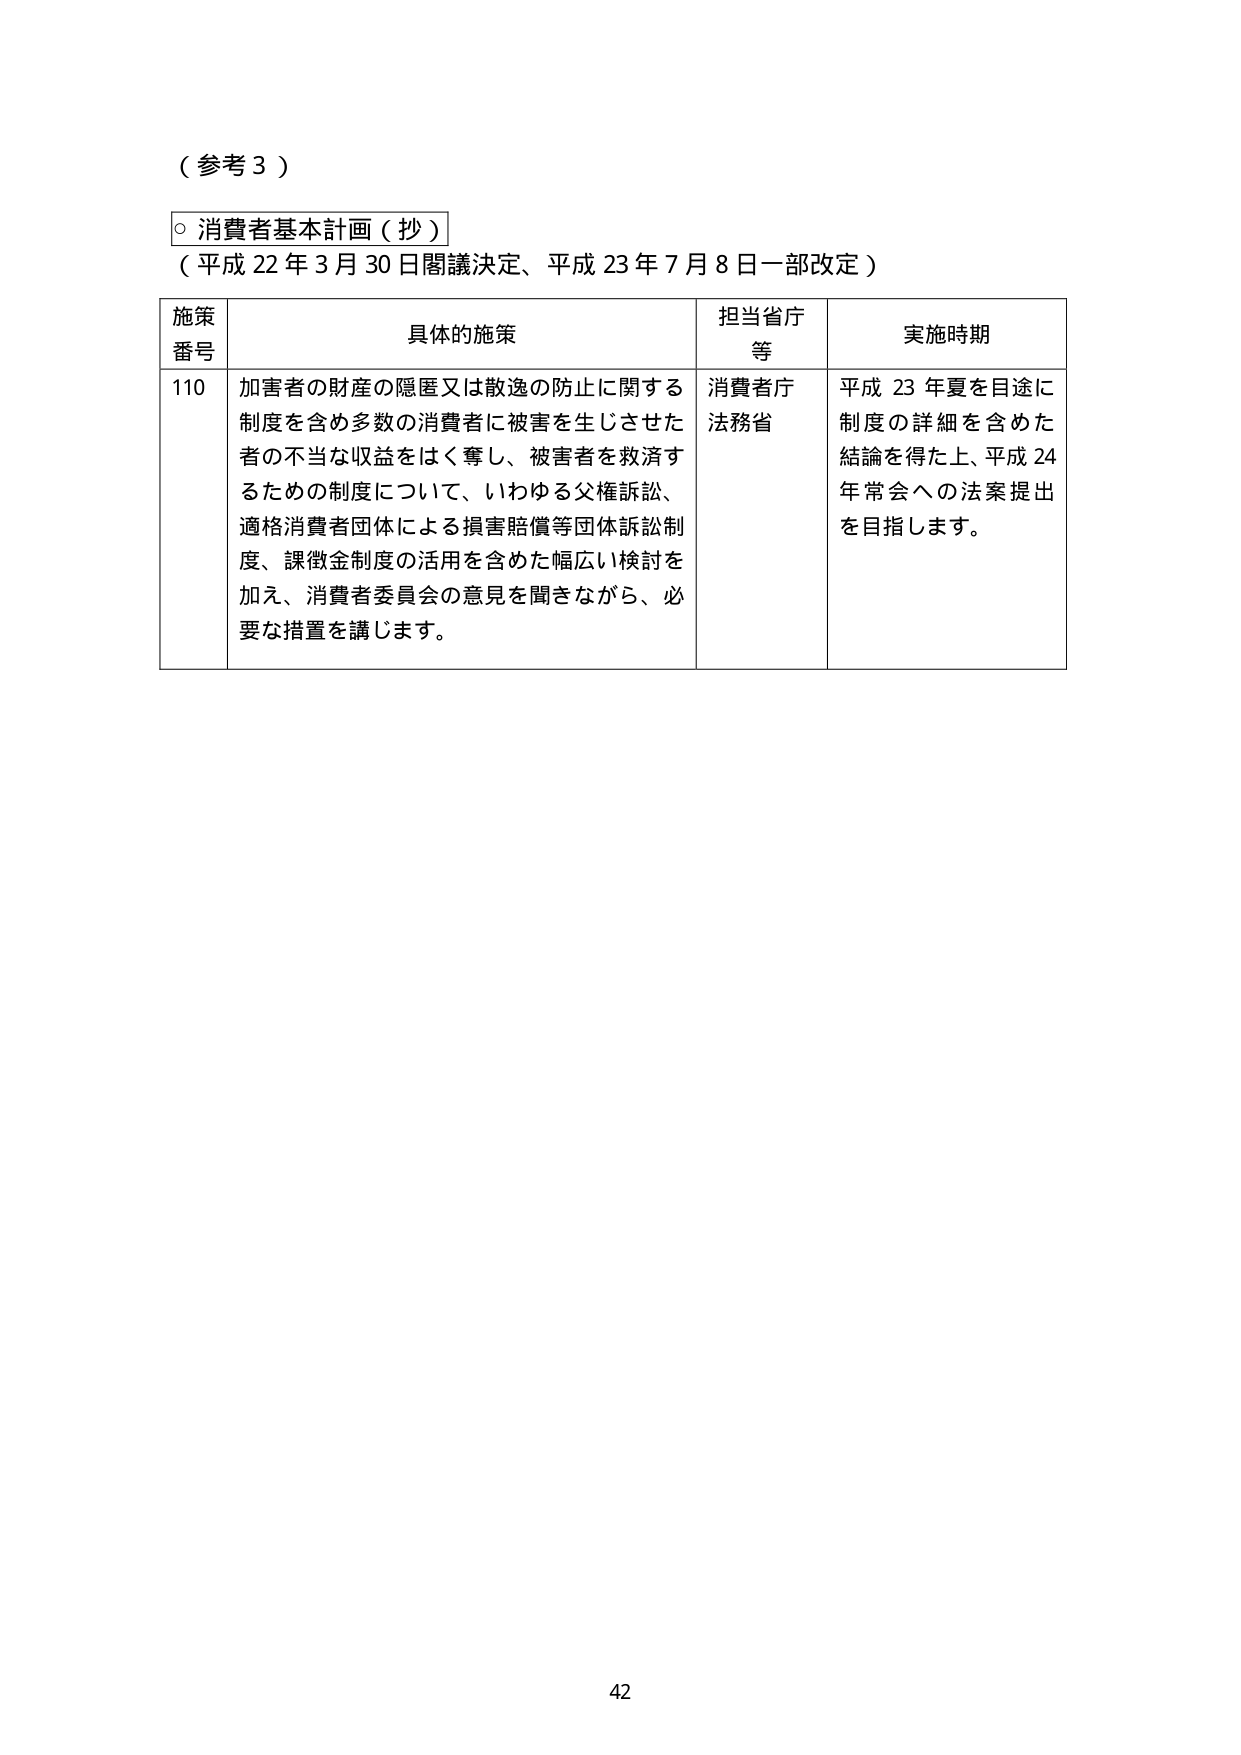
（参考３）

○ 消費者基本計画（抄）
（平成22年3月30日閣議決定、平成23年7月8日一部改定）

施策番号　具体的施策　担当省庁等　実施時期

110　加害者の財産の隠匿又は散逸の防止に関する制度を含め多数の消費者に被害を生じさせた者の不当な収益をはく奪し、被害者を救済するための制度について、いわゆる父権訴訟、適格消費者団体による損害賠償等団体訴訟制度、課徴金制度の活用を含めた幅広い検討を加え、消費者委員会の意見を聞きながら、必要な措置を講じます。　消費者庁　法務省　平成23年夏を目途に制度の詳細を含めた結論を得た上、平成24年常会への法案提出を目指します。

42